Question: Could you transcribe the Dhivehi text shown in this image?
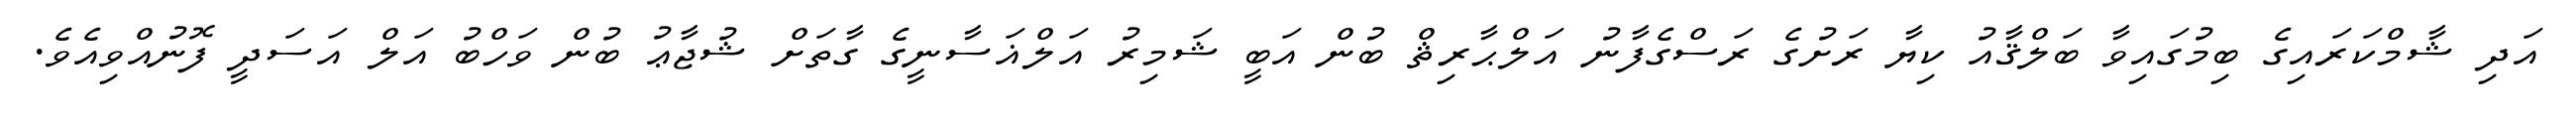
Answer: އަދި ޝާމްކަރައިގެ ބިމުގައިވާ ބަލްޤާއު ކިޔާ ރަށުގެ ރަސްގެފާނު އަލްޙާރިޘް ބުން އަބީ ޝަމިރު އަލްޣަސާނީގެ ގާތަށް ޝުޖާޢު ބުން ވަހްބު އަލް އަސަދީ ފޮނުއްވިއެވެ.